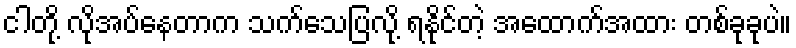
ငါတို့ လိုအပ်နေတာက သက်သေပြလို့ ရနိုင်တဲ့ အထောက်အထား တစ်ခုခုပဲ။